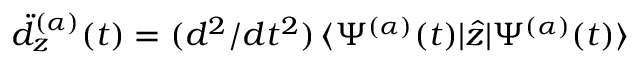
\ddot { d } _ { z } ^ { ( \alpha ) } ( t ) = ( d ^ { 2 } / d t ^ { 2 } ) \, \langle \Psi ^ { ( \alpha ) } ( t ) | \hat { z } | \Psi ^ { ( \alpha ) } ( t ) \rangle